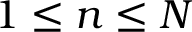
1 \le n \le N